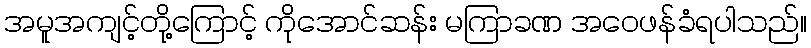
အမူအကျင့်တို့ကြောင့် ကိုအောင်ဆန်း မကြာခဏ အဝေဖန်ခံရပါသည်။